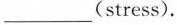
___ (stress).